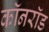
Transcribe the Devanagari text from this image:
कॉनरॉड